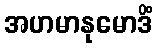
အဟမာနုမောဒိံ